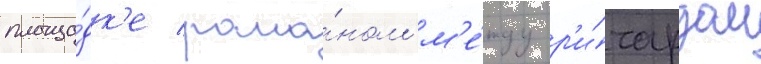
площа́дк'е рома́ном м'е́жду р'и́чардом